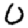
Digit: 0